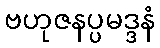
ဗဟုဇနပ္ပမဒ္ဒနံ